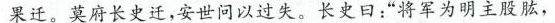
果迁。莫府长史迁，安世问以过失。长史日：”将军为明主股肱，